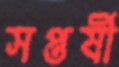
সপ্তর্ষী